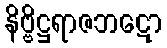
နိဗ္ဗိဋ္ဌရာဇဘဋော